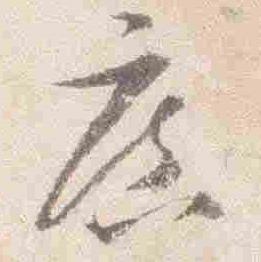
広